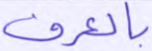
بالعرف